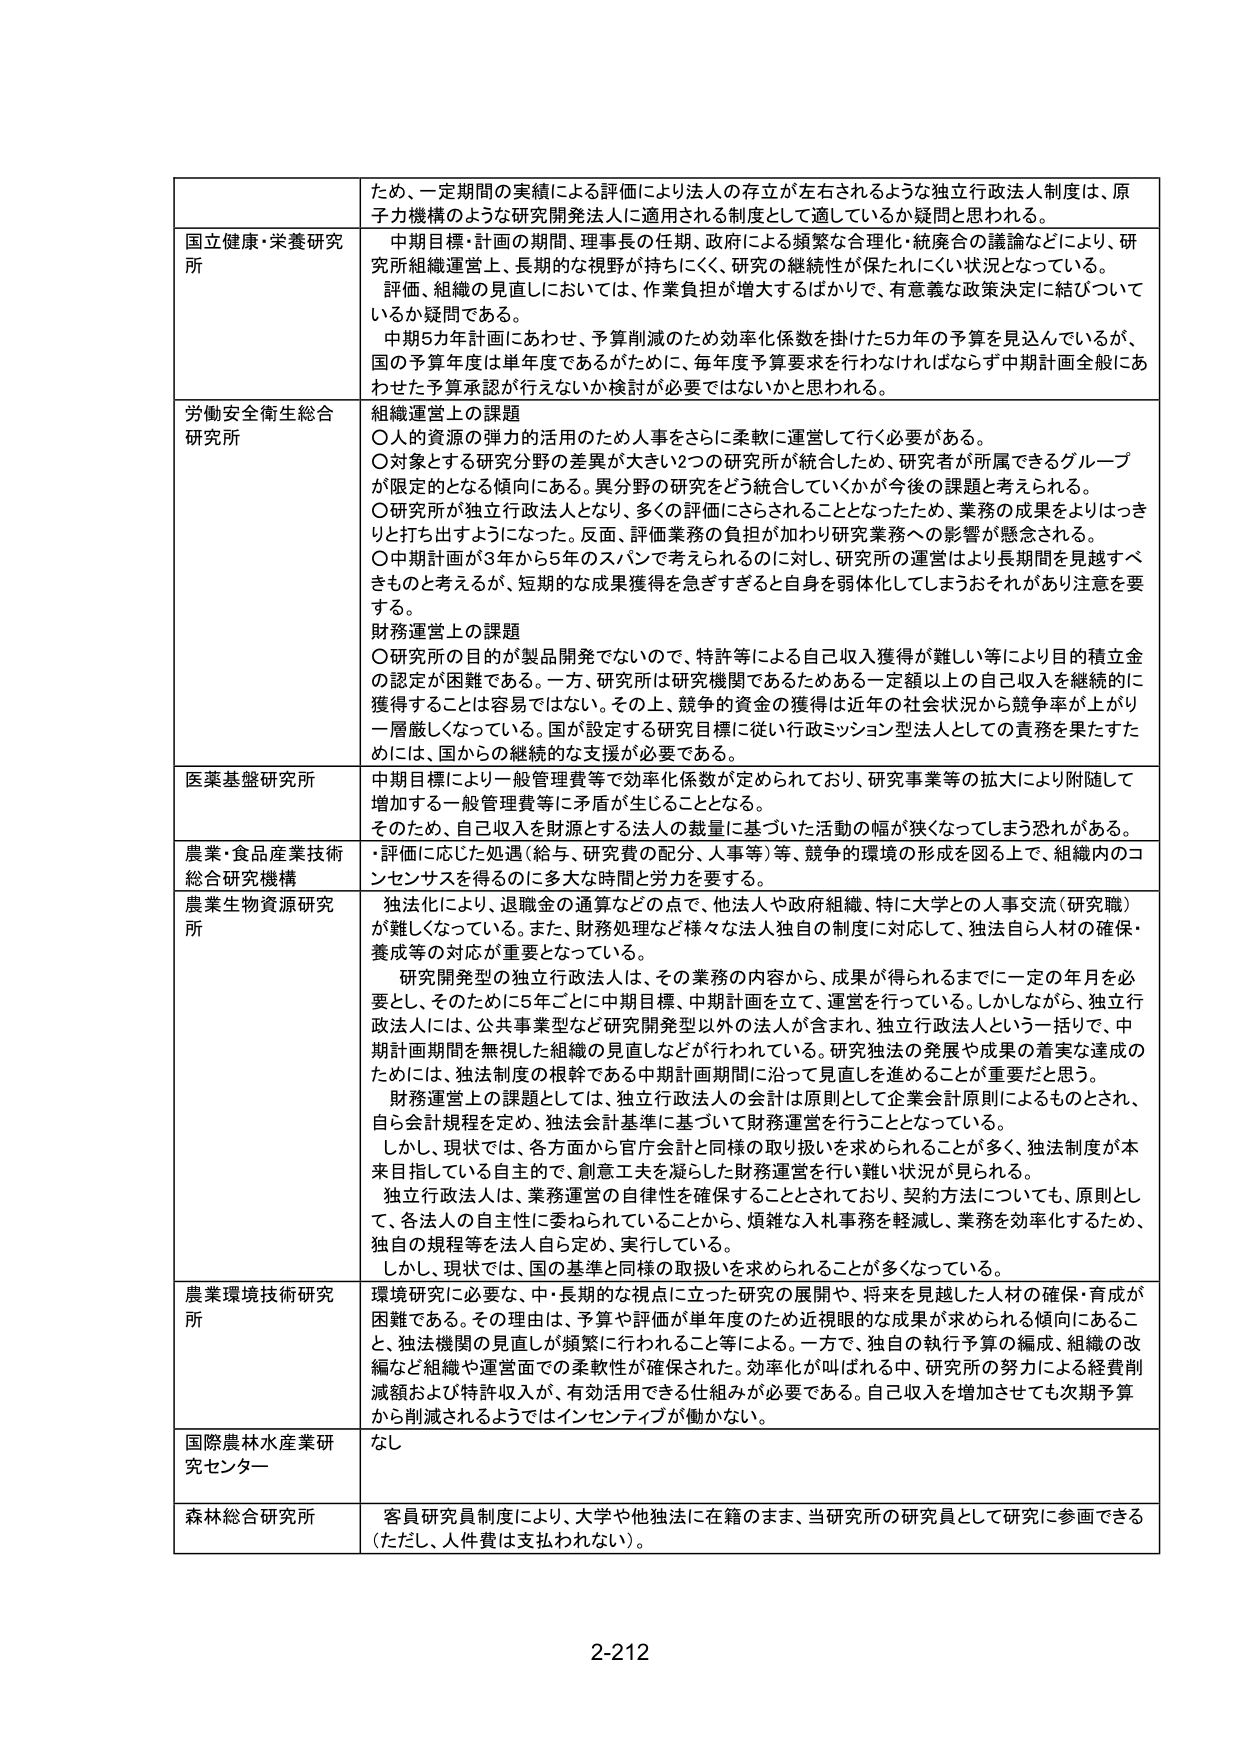
ため、一定期間の実績による評価により法人の存立が左右されるような独立行政法人制度は、原子力機構のような研究開発法人に適用される制度として適しているか疑問と思われる。

国立健康・栄養研究所
中期目標・計画の期間、理事長の任期、政府による頻繁な合理化・統廃合の議論などにより、研究所組織運営上、長期的な視野が持ちにくく、研究の継続性が保たれにくい状況となっている。評価、組織の見直しにおいては、作業負担が増大するばかりで、有意義な政策決定に結びついているか疑問である。
中期5カ年計画にあわせ、予算削減のため効率化係数を掛けた5カ年の予算を見込んでいるが、国の予算年度は単年度であるがために、毎年度予算要求を行わなければならず中期計画全般にあわせた予算承認が行えないか検討が必要ではないかと思われる。

労働安全衛生総合研究所
組織運営上の課題
〇人的資源の弾力的活用のため人事をさらに柔軟に運営して行く必要がある。
〇対象とする研究分野の差異が大きい2つの研究所が統合したため、研究者が所属できるグループが限定的となる傾向にある。異分野の研究をどう統合していくかが今後の課題と考えられる。
〇研究所が独立行政法人となり、多くの評価にさらされることとなったため、業務の成果をよりはっきりと打ち出すようになった。反面、評価業務の負担が加わり研究業務への影響が懸念される。
〇中期計画が3年から5年のスパンで考えられるのに対し、研究所の運営はより長期間を見越すべきものと考えるが、短期的な成果獲得を急ぎすぎると言身を弱体化してしまうおそれがあり注意を要する。
財務運営上の課題
〇研究所の目的が製品開発でないため、特許等による自己収入獲得が難しい等により目的積立金の認定が困難である。一方、研究所は研究機関であるためある一定額以上の自己収入を継続的に獲得することは容易ではない。その上、競争的資金の獲得は近年の社会状況から競争率が上がり一層厳しくなっている。国が設定する研究目標に従い行政ミッション型法人としての責務を果たすためには、国からの継続的な支援が必要である。

医薬基盤研究所
中期目標により一般管理費等で効率化係数が定められており、研究事業等の拡大により附随して増加する一般管理費等に矛盾が生じることとなる。
そのため、自己収入を財源とする法人の裁量に基づいた活動の幅が狭くなってしまう恐れがある。

農業・食品産業技術総合研究機構
・評価に応じた処遇（給与、研究費の配分、人事等）等、競争的環境の形成を図る上で、組織内のコンセンサスを得るのに多大な時間と労力を要する。

農業生物資源研究所
独法化により、退職金の通算などの点で、他法人や政府組織、特に大学との人事交流（研究職）が難しくなっている。また、財務処理など様々な法人独自の制度に対応して、独法自ら人材の確保・養成等の対応が重要となっている。
研究開発型の独立行政法人は、その業務の内容から、成果が得られるまでに一定の年月を必要とし、そのために5年ごとに中期目標、中期計画を立て、運営を行っている。しかしながら、独立行政法人には、公共事業型など研究開発型以外の法人が含まれ、独立行政法人という一括りで、中期計画期間を無視した組織の見直しなどが行われている。研究独法の発展や成果の着実な達成のためには、独法制度の根幹である中期計画期間に沿って見直しを進めることが重要だと思う。
財務運営上の課題としては、独立行政法人の会計は原則として企業会計原則によるものとされ、自ら会計規程を定め、独法会計基準に基づいて財務運営を行うこととなっている。
しかし、現状では、各方面から官庁会計と同様の取り扱いを求められることが多く、独法制度が本来目指している自主的で、創意工夫を凝らした財務運営を行い難い状況が見られる。
独立行政法人は、業務運営の自律性を確保することとされており、契約方法についても、原則として、各法人の自主性に委ねられていることから、煩雑な入札事務を軽減し、業務を効率化するため、独自の規程等を法人自ら定め、実行している。
しかし、現状では、国の基準と同様の取扱いを求められることが多くなっている。

農業環境技術研究所
環境研究に必要な、中・長期的な視点に立った研究の展開や、将来を見越した人材の確保・育成が困難である。その理由は、予算や評価が単年度のため近視眼的な成果が求められる傾向にあること、独法機関の見直しが頻繁に行われるところ等にある。一方で、独自の執行予算の編成、組織の改編など組織や運営面での柔軟性が確保された。効率化が叫ばれる中、研究所の努力による経費削減額および特許収入が、有効活用できる仕組みが必要である。自己収入を増加させても次期予算から削減されるようではインセンティブが働かない。

国際農林水産業研究センター
なし

森林総合研究所
客員研究員制度により、大学や他独法に在籍のまま、当研究所の研究員として研究に参画できる（ただし、人件費は支払われない）。

2-212